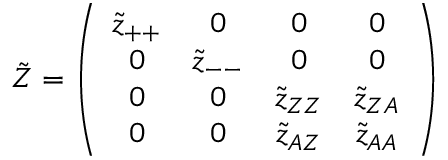
\tilde { Z } = \left( \begin{array} { c c c c } { { \tilde { z } _ { + + } } } & { { 0 } } & { { 0 } } & { { 0 } } \\ { { 0 } } & { { \tilde { z } _ { -- } } } & { { 0 } } & { { 0 } } \\ { { 0 } } & { { 0 } } & { { \tilde { z } _ { Z Z } } } & { { \tilde { z } _ { Z A } } } \\ { { 0 } } & { { 0 } } & { { \tilde { z } _ { A Z } } } & { { \tilde { z } _ { A A } } } \end{array} \right)